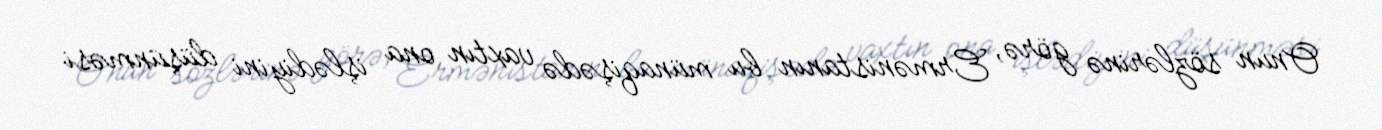
Onun sözlərinə görə, Ermənistanın bu münaqişədə vaxtın ona işlədiyini düşünməsi